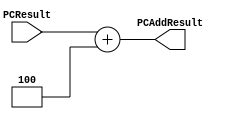
module PCAdder(PCResult, PCAddResult);

    input   [31:0]  PCResult;

    output reg [31:0]  PCAddResult;

    /* Please fill in the implementation here... */
    always @(PCResult)
    begin
    	PCAddResult <= PCResult + 32'h00000004;
    end

endmodule